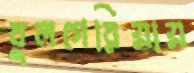
বুলগেরিয়ায়